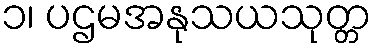
၁၊ ပဌမအနုသယသုတ္တ